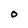
Character: O